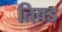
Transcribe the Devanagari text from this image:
तिबड